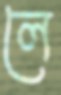
লে